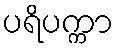
ပရိပက္ကာ